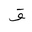
Letter: _qaf